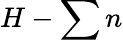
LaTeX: H-\sum n